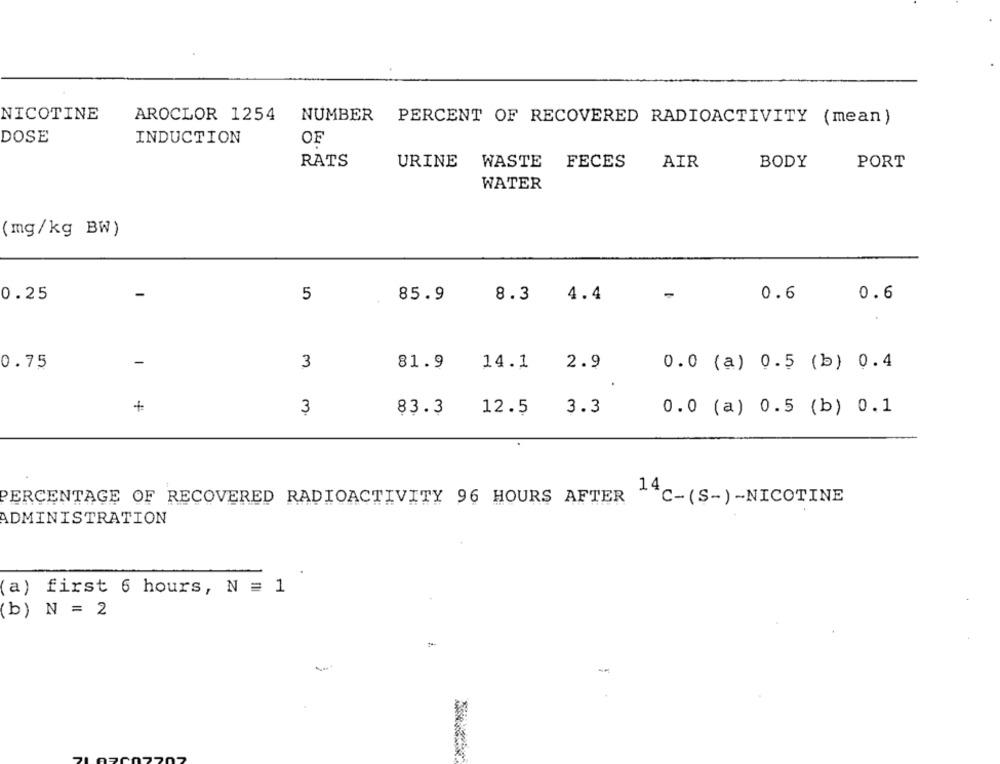
NICOTINE
AROCLOR 1254
NUMBER PERCENT OF RECOVERED RADIOACTIVITY (mean)
DOSE
INDUCTION
OF
RATS
URINE
WASTE
FECES
AIR
BODY
PORT
WATER
(mg/kg BW)
0.25
5
85.9
8.3
4.4
0.6
0.6
0.75
3
81.9
14.1
2.9
0.0 (a) 0.5 (b) 0.4
+
3
83.3
12.5
3.3
0.0 (a) 0.5 (b) 0.1
PERCENTAGE OF RECOVERED RADIOACTIVITY 96 HOURS AFTER
14c- (S-) -NICOTINE
ADMINISTRATION
(a) first 6 hours, N = 1
(b) N = 2
-